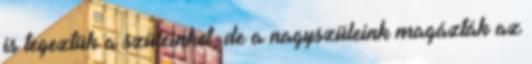
is tegeztük a szüleinket, de a nagyszüleink magázták az